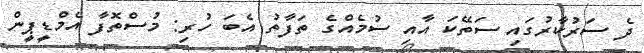
ދެ ސަރުކާރުގައި ސަތޭކަ އާއި ސުމެއްގެ ތަފާތު އެބަ ހުރި: މުސްތޮފާ އެމްޑީޕީން